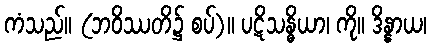
ကံသည်။ (ဘဝိဿတိ၌ စပ်)။ ပဋိသန္ဓိယာ၊ ကို။ ဒိန္နာယ၊